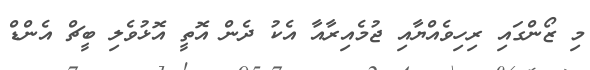
މި ޒޯންގައި ރިހިވެއްޔާއި ޖުމެއިރާއާ އެކު ދެން އޮތީ އޮޅުވެލި ބީޗް އެންޑް